Anatomy and histology of ticks - Number 23
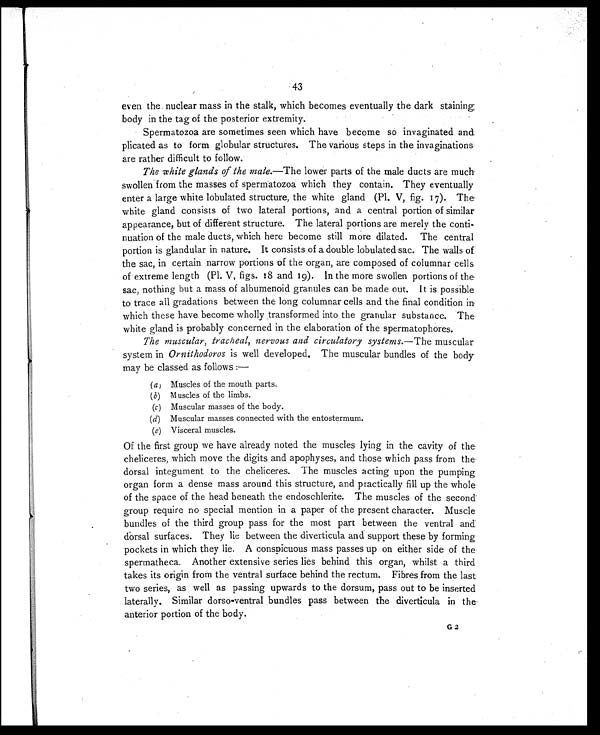
43
even the nuclear mass in the stalk, which becomes eventually the dark staining
body in the tag of the posterior extremity.
Spermatozoa are sometimes seen which have become so invaginated and
plicated as to form globular structures. The various steps in the invaginations
are rather difficult to follow.
The white glands of the male. —The lower parts of the male ducts are much
swollen from the masses of spermatozoa which they contain. They eventually
enter a large white lobulated structure, the white gland (Pl. V, fig. 17). The
white gland consists of two lateral portions, and a central portion of similar
appearance, but of different structure. The lateral portions are merely the conti-
nuation of the male ducts, which here become still more dilated. The central
portion is glandular in nature. It consists of a double lobulated sac. The walls of
the sac, in certain narrow portions of the organ, are composed of columnar cells
of extreme length (Pl. V, figs. 18 and 19). In the more swollen portions of the
sac, nothing but a mass of albumenoid granules can be made out. It is possible
to trace all gradations between the long columnar cells and the final condition in
which these have become wholly transformed into the granular substance. The
white gland is probably concerned in the elaboration of the spermatophores.
The muscular, tracheal, nervous and circulatory systems. —The muscular
system in Ornithodoros is well developed. The muscular bundles of the body
may be classed as follows :—
( a ) Muscles of the mouth parts.
(b) Muscles of the limbs.
(c) Muscular masses of the body.
(d) Muscular masses connected with the entostermum.
(e) Visceral muscles.
Of the first group we have already noted the muscles lying in the cavity of the
cheliceres, which move the digits and apophyses, and those which pass from the
dorsal integument to the cheliceres. The muscles acting upon the pumping
organ form a dense mass around this structure, and practically fill up the whole
of the space of the head beneath the endoschlerite. The muscles of the second
group require no special mention in a paper of the present character. Muscle
bundles of the third group pass for the most part between the ventral and
dorsal surfaces. They lie between the diverticula and support these by forming
pockets in which they lie. A conspicuous mass passes up on either side of the
spermatheca. Another extensive series lies behind this organ, whilst a third
takes its origin from the ventral surface behind the rectum. Fibres from the last
two series, as well as passing upwards to the dorsum, pass out to be inserted
laterally. Similar dorso-ventral bundles pass between the diverticula in the
anterior portion of the body.
G 2